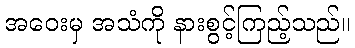
အဝေးမှ အသံကို နားစွင့်ကြည့်သည်။